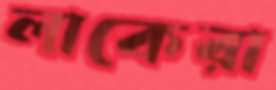
লাকেরা